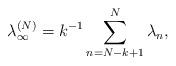
LaTeX: \begin{align*}\lambda_\infty^{(N)}=k^{-1}\sum_{n=N-k+1}^N \lambda_n, \end{align*}